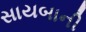
સાયબાની